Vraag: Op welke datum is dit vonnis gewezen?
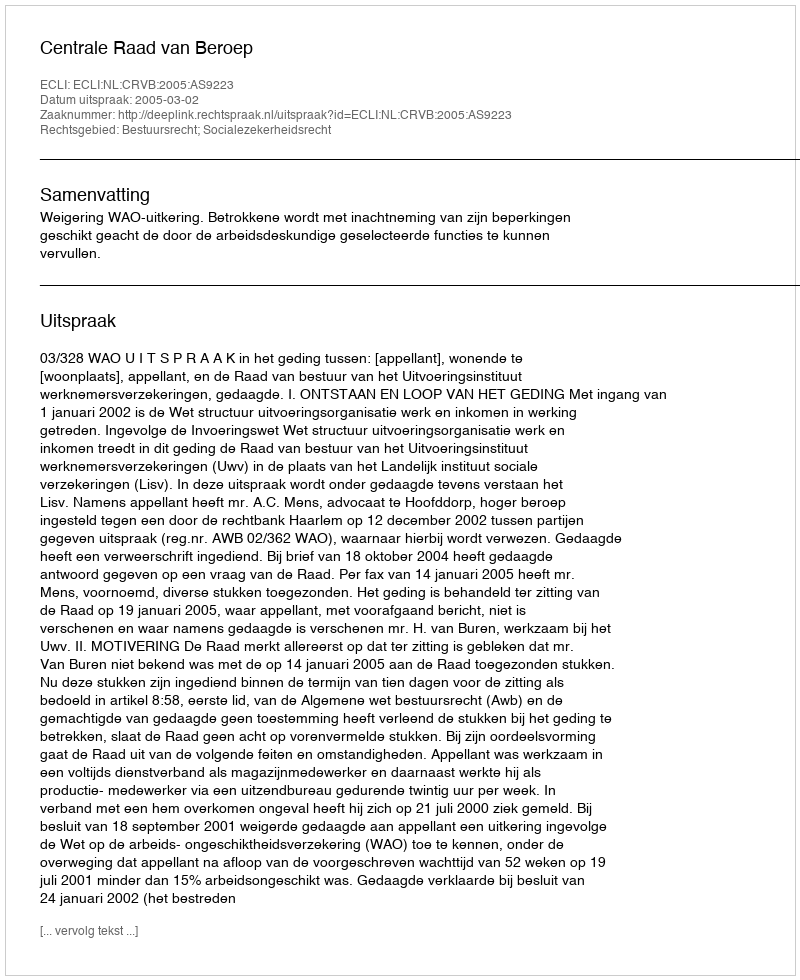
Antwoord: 2005-03-02